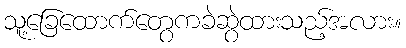
သူ့ခြေထောက်တွေကခဲဆွဲထားသည့်အလား။